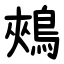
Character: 鵊